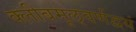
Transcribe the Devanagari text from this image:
क्लीबमृऌवर्णद्वयं